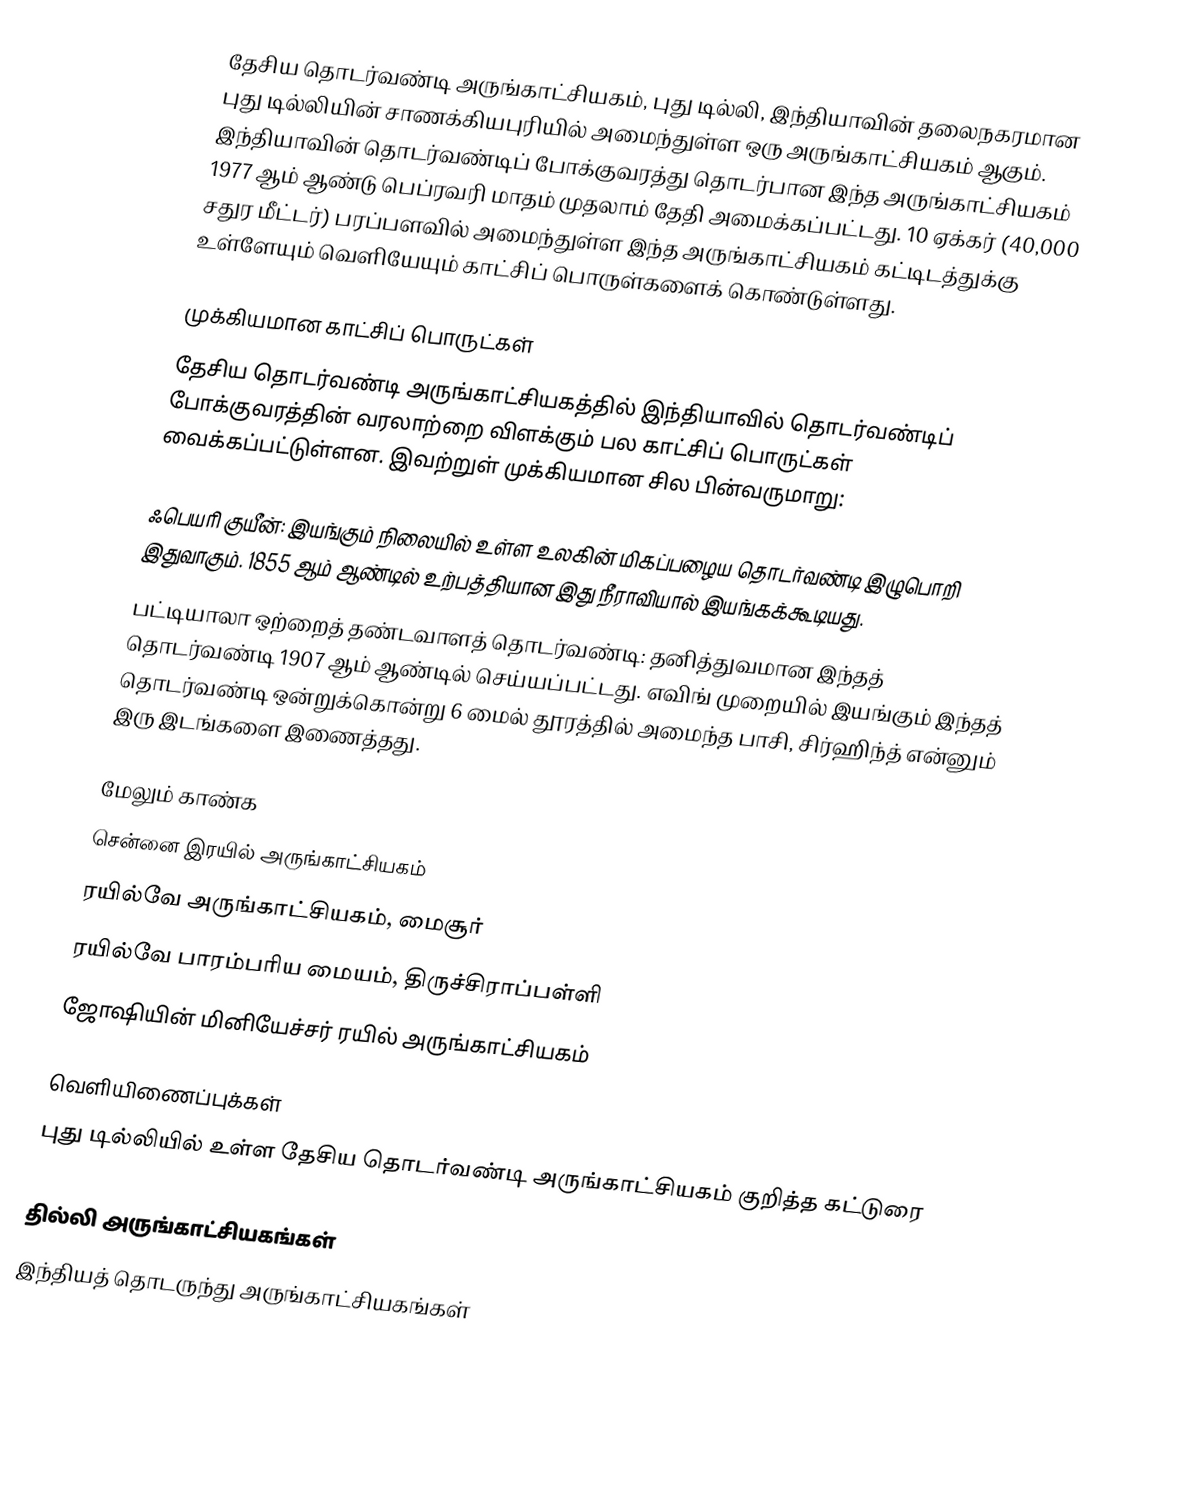
தேசிய தொடர்வண்டி அருங்காட்சியகம், புது டில்லி, இந்தியாவின் தலைநகரமான புது டில்லியின் சாணக்கியபுரியில் அமைந்துள்ள ஒரு அருங்காட்சியகம் ஆகும். இந்தியாவின் தொடர்வண்டிப் போக்குவரத்து தொடர்பான இந்த அருங்காட்சியகம் 1977 ஆம் ஆண்டு பெப்ரவரி மாதம் முதலாம் தேதி அமைக்கப்பட்டது. 10 ஏக்கர் (40,000 சதுர மீட்டர்) பரப்பளவில் அமைந்துள்ள இந்த அருங்காட்சியகம் கட்டிடத்துக்கு உள்ளேயும் வெளியேயும் காட்சிப் பொருள்களைக் கொண்டுள்ளது.

முக்கியமான காட்சிப் பொருட்கள்
தேசிய தொடர்வண்டி அருங்காட்சியகத்தில் இந்தியாவில் தொடர்வண்டிப் போக்குவரத்தின் வரலாற்றை விளக்கும் பல காட்சிப் பொருட்கள் வைக்கப்பட்டுள்ளன. இவற்றுள் முக்கியமான சில பின்வருமாறு:

 ஃபெயரி குயீன்: இயங்கும் நிலையில் உள்ள உலகின் மிகப்பழைய தொடர்வண்டி இழுபொறி இதுவாகும். 1855 ஆம் ஆண்டில் உற்பத்தியான இது நீராவியால் இயங்கக்கூடியது.
 பட்டியாலா ஒற்றைத் தண்டவாளத் தொடர்வண்டி: தனித்துவமான இந்தத் தொடர்வண்டி 1907 ஆம் ஆண்டில் செய்யப்பட்டது. எவிங் முறையில் இயங்கும் இந்தத் தொடர்வண்டி ஒன்றுக்கொன்று 6 மைல் தூரத்தில் அமைந்த பாசி, சிர்ஹிந்த் என்னும் இரு இடங்களை இணைத்தது.

மேலும் காண்க
 சென்னை இரயில் அருங்காட்சியகம்
 ரயில்வே அருங்காட்சியகம், மைசூர்
 ரயில்வே பாரம்பரிய மையம், திருச்சிராப்பள்ளி
 ஜோஷியின் மினியேச்சர் ரயில் அருங்காட்சியகம்

வெளியிணைப்புக்கள்
புது டில்லியில் உள்ள தேசிய தொடர்வண்டி அருங்காட்சியகம் குறித்த கட்டுரை

தில்லி அருங்காட்சியகங்கள்
இந்தியத் தொடருந்து அருங்காட்சியகங்கள்